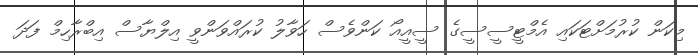
މިކަން ކުރުމަށްޓަކައި އެމްޓީސީސީގެ ސީއީއޯ ކަންވެސް ހަވާލު ކުރައްވަންވީ އިލްޔާސް އިބްރާހިމް ފަދަ